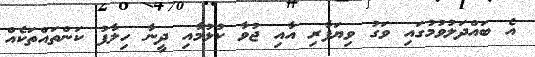
އެ ބައްދަލުވުމުގައި ވަގު ވިޔަފާރި އާއި ޖުވާ ކުޅުމާއި ދީނާ ހިލާފު ކަންތައްތަކެއް